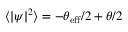
\langle | \psi | ^ { 2 } \rangle = - \theta _ { \mathrm { e f f } } / 2 + \theta / 2